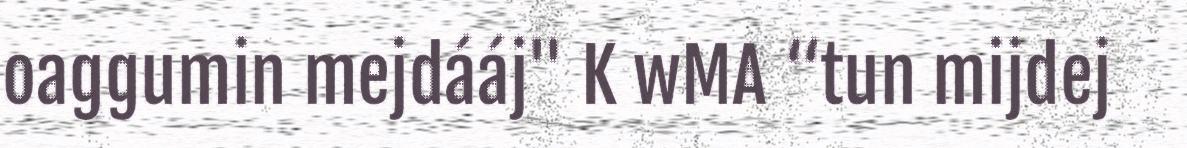
oaggumin mejdááj" K wMA “tun mijdej